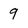
Character: 9